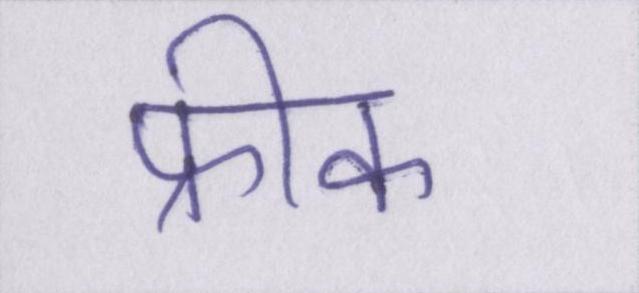
फ्रीक